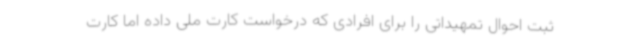
ثبت احوال تمهیداتی را برای افرادی که درخواست کارت ملی داده اما کارت